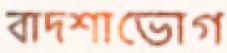
বাদশাভোগ